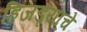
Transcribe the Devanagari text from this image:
हिजड्यांचे